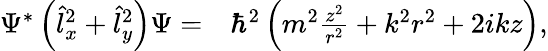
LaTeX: \begin{array}{rl}{\Psi^{*}\left(\hat{l}_{x}^{2}+\hat{l}_{y}^{2}\right)\Psi=}&{{}\hbar^{2}\left(m^{2}\frac{z^{2}}{r^{2}}+k^{2}r^{2}+2ikz\right),}\end{array}